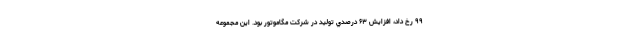
۹۹ رخ داد، افزايش ۶۳ درصدي توليد در شركت مگاموتور بود. اين مجموعه